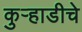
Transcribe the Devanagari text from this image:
कुऱ्हाडीचे